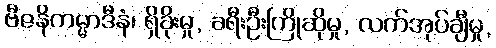
ဗီဇနိကမ္မာဒီနံ၊ ရှိခိုးမှု, ခရီးဦးကြိုဆိုမှု, လက်အုပ်ချီမှု,